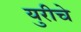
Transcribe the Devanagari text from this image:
युरीचे